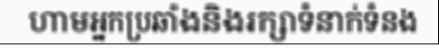
ហាមអ្នកប្រឆាំងនិងរក្សាទំនាក់ទំនង